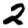
Digit: 2